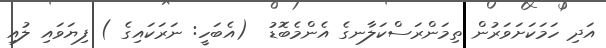
އަދި ހަމަކަށަވަރުން ތިމަންރަސްކަލާނގެ އެންމެބޮޑު  (އެބަހީ: ނަރަކައިގެ ) ފިޔަވައި ލުއި